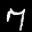
Label: 7